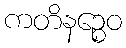
ကတိနဉ္စေဝ